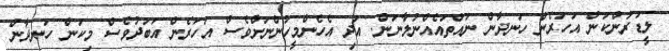
ލީޑަރުންކަން އަހަރެން ހަނދާން ނައްތައެއްނުލާނަން. އަދި އެހެންމީހުންނަށްވެސް އަހަރެން އަބަދުވެސް މިކަން ހަނދާން